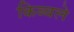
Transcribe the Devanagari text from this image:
किब्बले